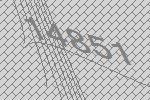
14851